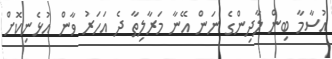
އުސާމާ ބިން ލާދިންގެ ނަން އޭނާ މަރާލިތާ ދެ އަހަރު ވާން އުޅެނިކޮށް